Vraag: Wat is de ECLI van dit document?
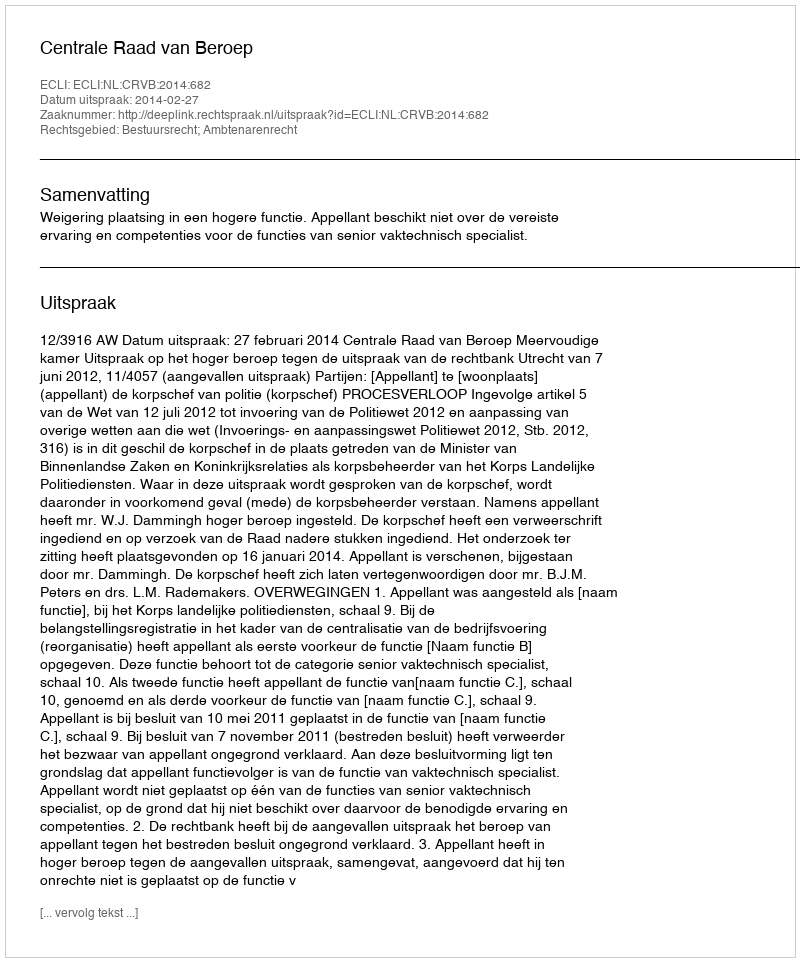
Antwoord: ECLI:NL:CRVB:2014:682